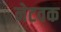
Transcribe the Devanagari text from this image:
नेटवक